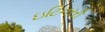
ઇટિનરરી